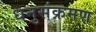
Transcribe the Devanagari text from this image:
धनुसंक्रमण